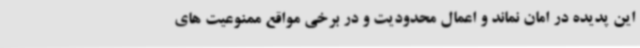
این پدیده در امان نماند و اعمال محدودیت و در برخی مواقع ممنوعیت های